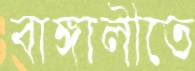
বাঙ্গালীতে